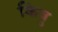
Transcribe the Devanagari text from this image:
किवु